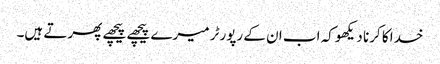
خدا کا کرنا دیکھو کہ اب ان کے رپورٹر میرے پیچھے پیچھے پھرتے ہیں۔